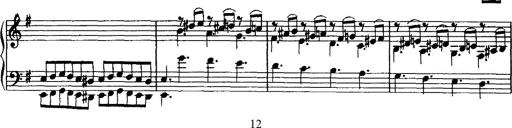
Title: Rondo di bravura
Composer: Franz Liszt